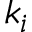
k _ { i }